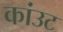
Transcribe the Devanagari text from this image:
कांउट